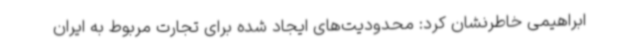
ابراهیمی خاطرنشان کرد: محدودیت‌های ایجاد شده برای تجارت مربوط به ایران